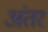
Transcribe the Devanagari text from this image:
अंंतर